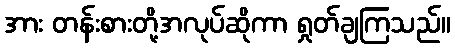
အား တန်းစားတို့အလုပ်ဆိုကာ ရှုတ်ချကြသည်။